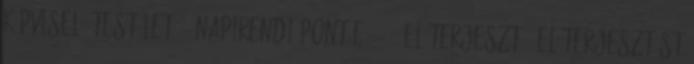
Képviselő-testület 6. napirendi pont E - 167 Előterjesztő: Előterjesztést